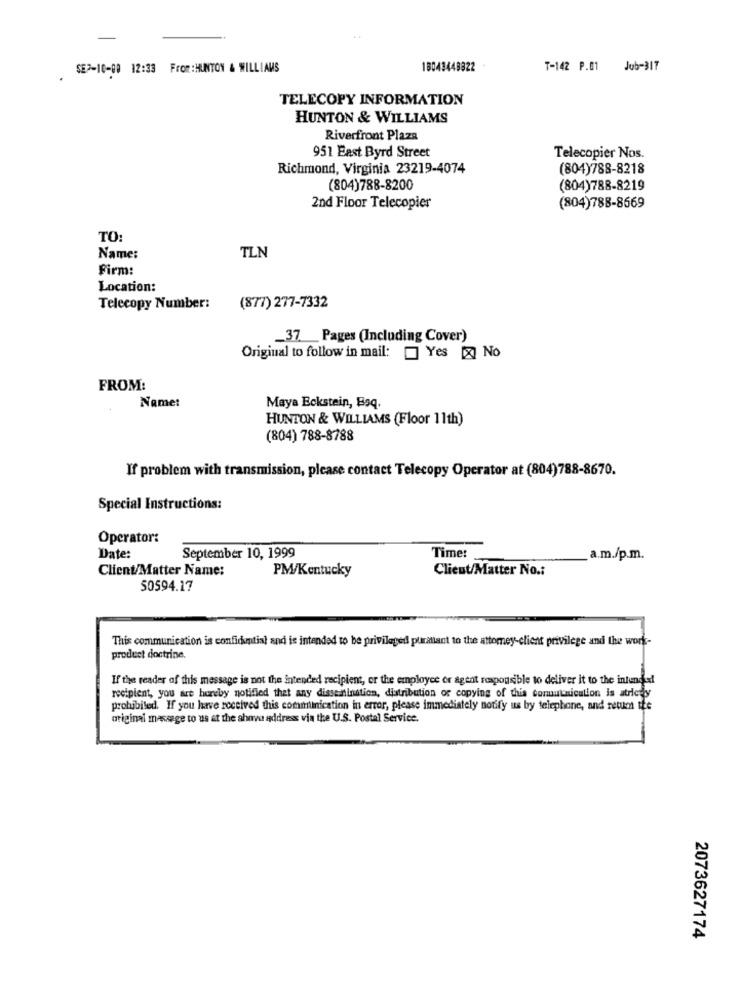
SEP-10-89 12:33 From:HUNTON & WILLIAMS
18043448322
T-142 P.01 Jub-317
TELECOPY INFORMATION
HUNTON & WILLIAMS
Riverfront Plaza
951 East Byrd Street
Telecopier Nos.
Richmond, Virginia 23219-4074
(804)788-8218
(804)788-8200
(804)788-8219
2nd Floor Telecopier
(804)788-8669
TO
Name:
TLN
Firm:
Location:
Telecopy Number:
(877) 277-7332
_37_Pages (Including Cover)
Original to follow in mail: Yes [x No
FROM:
Name:
Maya Eckstein, Bsq.
HUNTON & WILLIAMS (Floor 11th)
(804) 788-8788
If problem with transmission, please contact Telecopy Operator at (804)788-8670.
Special Instructions:
Operator:
Time!
Date:
September 10, 1999
a.m./p.m.
Client/Matter Name:
PM/Kentucky
Client/Matter No .:
50594.17
This communication is confidential and is intended to be privileged purattant to the attorney-client privilege and the work-
product doctrine.
If the reader of this message is not the intended recipient, or the employee or agent responsible to deliver it to the intende
recipient, you are hereby notified that any dissemination, distribution or copying of this conunication is atriedy
prohibited. If you have received this communication in error, please immediately notify us by telephone, and retum the
original message to us at the above address via the U.S. Postal Service.
2073627174